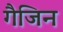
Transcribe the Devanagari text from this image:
गैजिन